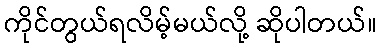
ကိုင်တွယ်ရလိမ့်မယ်လို့ ဆိုပါတယ်။